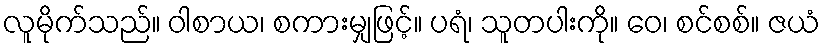
လူမိုက်သည်။ ဝါစာယ၊ စကားမျှဖြင့်။ ပရံ၊ သူတပါးကို။ ဝေ၊ စင်စစ်။ ဇယံ